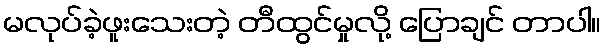
မလုပ်ခဲ့ဖူးသေးတဲ့ တီထွင်မှုလို့ ပြောချင် တာပါ။